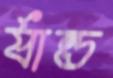
র‍্যান্ড